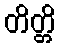
တိတ္တိ